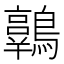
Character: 𪆾